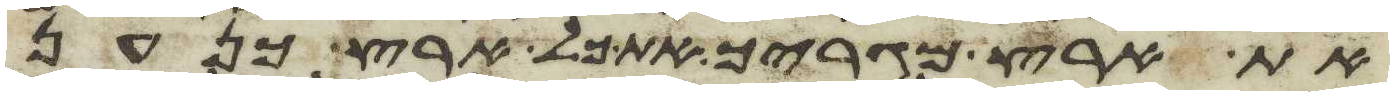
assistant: את ארץ מגריך את כל ארץ כנען